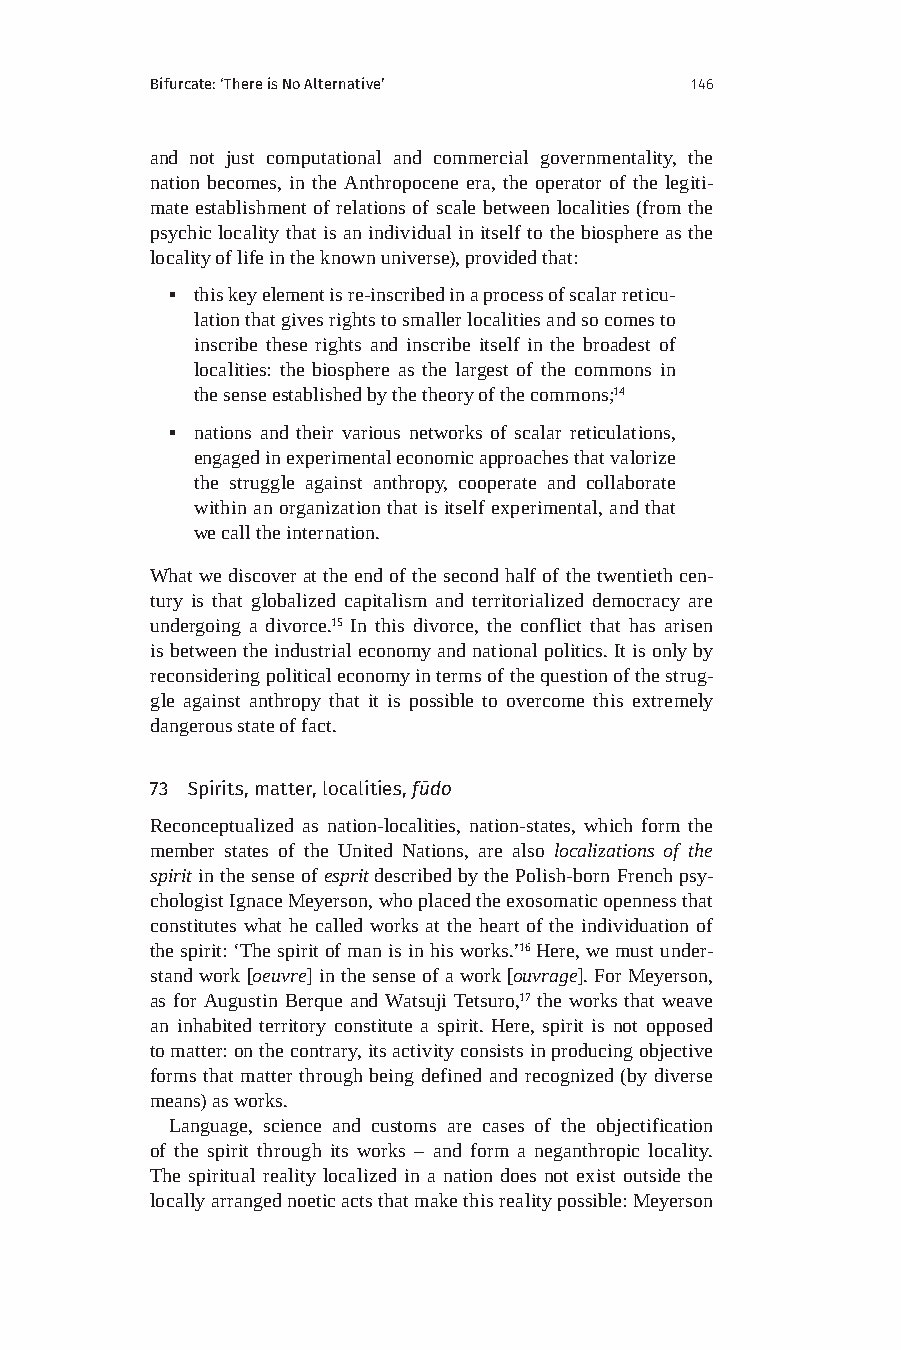
Bifurcate: ‘There is No Alternative’ 146
 and not just computational and commercial governmentality, the
 nation becomes, in the Anthropocene era, the operator of the legiti-
 mate establishment of relations of scale between localities (from the
 psychic locality that is an individual in itself to the biosphere as the
 locality of life in the known universe), provided that:
 ▪ this key element is re-inscribed in a process of scalar reticu-
 lation that gives rights to smaller localities and so comes to
 inscribe these rights and inscribe itself in the broadest of
 localities: the biosphere as the largest of the commons in
 the sense established by the theory of the commons;14
 ▪ nations and their various networks of scalar reticulations,
 engaged in experimental economic approaches that valorize
 the struggle against anthropy, cooperate and collaborate
 within an organization that is itself experimental, and that
 we call the internation.
 What we discover at the end of the second half of the twentieth cen-
 tury is that globalized capitalism and territorialized democracy are
 undergoing a divorce.15 In this divorce, the conflict that has arisen
 is between the industrial economy and national politics. It is only by
 reconsidering political economy in terms of the question of the strug-
 gle against anthropy that it is possible to overcome this extremely
 dangerous state of fact.
 73 Spirits, matter, localities, fūdo
 Reconceptualized as nation-localities, nation-states, which form the
 member states of the United Nations, are also localizations of the
 spirit in the sense of esprit described by the Polish-born French psy-
 chologist Ignace Meyerson, who placed the exosomatic openness that
 constitutes what he called works at the heart of the individuation of
 the spirit: ‘The spirit of man is in his works.’16 Here, we must under-
 stand work [oeuvre] in the sense of a work [ouvrage]. For Meyerson,
 as for Augustin Berque and Watsuji Tetsuro,17 the works that weave
 an inhabited territory constitute a spirit. Here, spirit is not opposed
 to matter: on the contrary, its activity consists in producing objective
 forms that matter through being defined and recognized (by diverse
 means) as works.
 Language, science and customs are cases of the objectification
 of the spirit through its works – and form a neganthropic locality.
 The spiritual reality localized in a nation does not exist outside the
 locally arranged noetic acts that make this reality possible: Meyerson